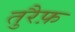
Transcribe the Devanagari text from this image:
तुरैफ़